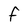
Character: F